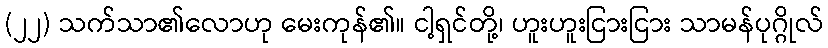
(၂၂) သက်သာ၏လောဟု မေးကုန်၏။ ငါ့ရှင်တို့၊ ဟူးဟူးငြားငြား သာမန်ပုဂ္ဂိုလ်